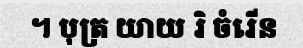
។ បុត្រ យាយ រិ ចំរើន